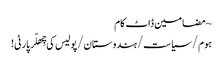
~ مضامین ڈاٹ کام
ہوم/سیاست/ہندوستان/پولیس کی چِھلّر پارٹی!